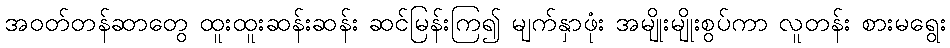
အဝတ်တန်ဆာတွေ ထူးထူးဆန်းဆန်း ဆင်မြန်းကြ၍ မျက်နှာဖုံး အမျိုးမျိုးစွပ်ကာ လူတန်း စားမရွေး